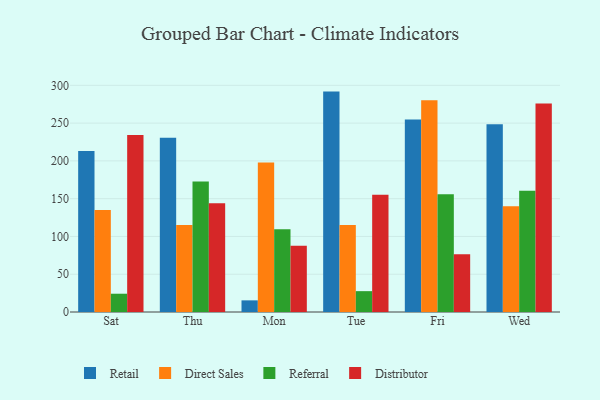
{"axis": {"x": "Day", "y": "Website Visitors"}, "legend": ["Direct Sales", "Distributor", "Referral", "Retail"], "data": [{"x": "Sat", "y": 213.0, "type": "Retail"}, {"x": "Sat", "y": 135.0, "type": "Direct Sales"}, {"x": "Sat", "y": 24.2, "type": "Referral"}, {"x": "Sat", "y": 234.4, "type": "Distributor"}, {"x": "Thu", "y": 230.7, "type": "Retail"}, {"x": "Thu", "y": 115.0, "type": "Direct Sales"}, {"x": "Thu", "y": 172.7, "type": "Referral"}, {"x": "Thu", "y": 143.8, "type": "Distributor"}, {"x": "Mon", "y": 15.4, "type": "Retail"}, {"x": "Mon", "y": 198.0, "type": "Direct Sales"}, {"x": "Mon", "y": 109.4, "type": "Referral"}, {"x": "Mon", "y": 87.8, "type": "Distributor"}, {"x": "Tue", "y": 291.7, "type": "Retail"}, {"x": "Tue", "y": 115.1, "type": "Direct Sales"}, {"x": "Tue", "y": 27.6, "type": "Referral"}, {"x": "Tue", "y": 155.2, "type": "Distributor"}, {"x": "Fri", "y": 254.8, "type": "Retail"}, {"x": "Fri", "y": 280.1, "type": "Direct Sales"}, {"x": "Fri", "y": 155.9, "type": "Referral"}, {"x": "Fri", "y": 76.4, "type": "Distributor"}, {"x": "Wed", "y": 248.4, "type": "Retail"}, {"x": "Wed", "y": 139.9, "type": "Direct Sales"}, {"x": "Wed", "y": 160.6, "type": "Referral"}, {"x": "Wed", "y": 276.1, "type": "Distributor"}]}